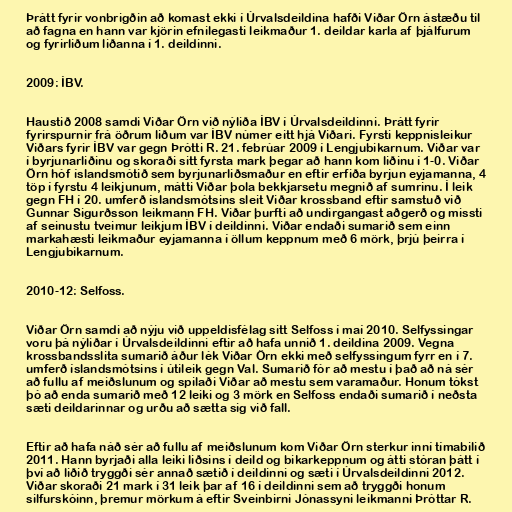
Þrátt fyrir vonbrigðin að komast ekki í Úrvalsdeildina hafði Viðar Örn ástæðu til
að fagna en hann var kjörin efnilegasti leikmaður 1. deildar karla af þjálfurum
og fyrirliðum liðanna í 1. deildinni.

2009: ÍBV.

Haustið 2008 samdi Viðar Örn við nýliða ÍBV í Úrvalsdeildinni. Þrátt fyrir
fyrirspurnir frá öðrum liðum var ÍBV númer eitt hjá Viðari. Fyrsti keppnisleikur
Viðars fyrir ÍBV var gegn Þrótti R. 21. febrúar 2009 í Lengjubikarnum. Viðar var
í byrjunarliðinu og skoraði sitt fyrsta mark þegar að hann kom liðinu í 1-0. Viðar
Örn hóf íslandsmótið sem byrjunarliðsmaður en eftir erfiða byrjun eyjamanna, 4
töp í fyrstu 4 leikjunum, mátti Viðar þola bekkjarsetu megnið af sumrinu. Í leik
gegn FH í 20. umferð íslandsmótsins sleit Viðar krossband eftir samstuð við
Gunnar Sigurðsson leikmann FH. Viðar þurfti að undirgangast aðgerð og missti
af seinustu tveimur leikjum ÍBV í deildinni. Viðar endaði sumarið sem einn
markahæsti leikmaður eyjamanna í öllum keppnum með 6 mörk, þrjú þeirra í
Lengjubikarnum.

2010-12: Selfoss.

Viðar Örn samdi að nýju við uppeldisfélag sitt Selfoss í maí 2010. Selfyssingar
voru þá nýliðar í Úrvalsdeildinni eftir að hafa unnið 1. deildina 2009. Vegna
krossbandsslita sumarið áður lék Viðar Örn ekki með selfyssingum fyrr en í 7.
umferð íslandsmótsins í útileik gegn Val. Sumarið fór að mestu í það að ná sér
að fullu af meiðslunum og spilaði Viðar að mestu sem varamaður. Honum tókst
þó að enda sumarið með 12 leiki og 3 mörk en Selfoss endaði sumarið í neðsta
sæti deildarinnar og urðu að sætta sig við fall.

Eftir að hafa náð sér að fullu af meiðslunum kom Viðar Örn sterkur inní tímabilið
2011. Hann byrjaði alla leiki liðsins í deild og bikarkeppnum og átti stóran þátt í
því að liðið tryggði sér annað sætið í deildinni og sæti í Úrvalsdeildinni 2012.
Viðar skoraði 21 mark í 31 leik þar af 16 í deildinni sem að tryggði honum
silfurskóinn, þremur mörkum á eftir Sveinbirni Jónassyni leikmanni Þróttar R.